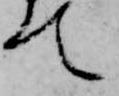
て